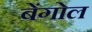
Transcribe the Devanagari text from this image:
बेंगोल